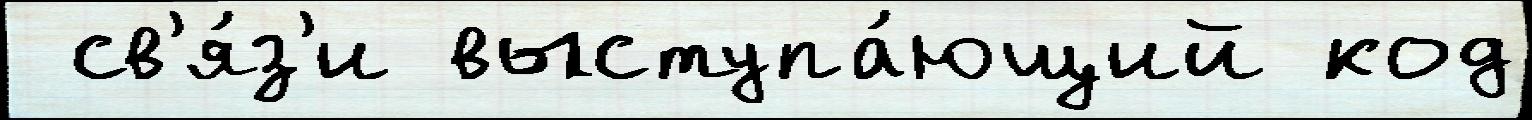
 св'я́з'и выступа́ющий код